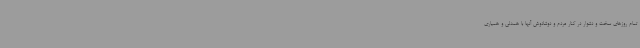
تمام روزهای سخت و دشوار در کنار مردم و دوشادوش آنها با همدلی و همیاری